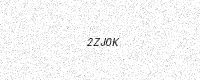
Text: 2ZJ0K